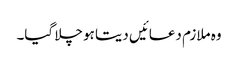
وہ ملازم دعائیں دیتا ہو چلا گیا۔